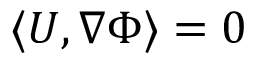
\langle \boldsymbol { U } , \nabla \Phi \rangle = 0